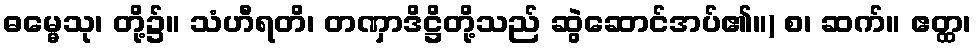
ဓမ္မေသု၊ တို့၌။ သံဟီရတိ၊ တဏှာဒိဋ္ဌိတို့သည် ဆွဲဆောင်အပ်၏။) စ၊ ဆက်။ ဧတ္ထ၊